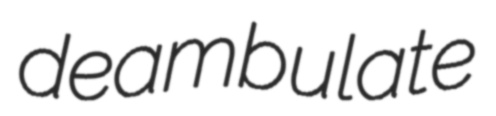
deambulate